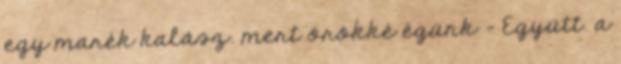
egy marék kalász. mert örökké égünk - Együtt. a